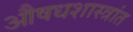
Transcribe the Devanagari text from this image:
औषधशास्त्रांत